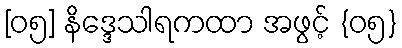
[၀၅] နိဒ္ဒေသါရကထာ အဖွင့် {၀၅}